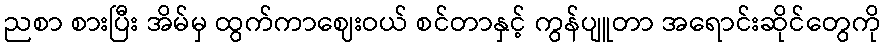
ညစာ စားပြီး အိမ်မှ ထွက်ကာဈေးဝယ် စင်တာနှင့် ကွန်ပျူတာ အရောင်းဆိုင်တွေကို